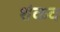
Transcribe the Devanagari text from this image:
शंकव